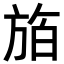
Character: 𪯸